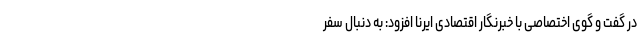
در گفت و گوی اختصاصی با خبرنگار اقتصادی ایرنا افزود: به دنبال سفر